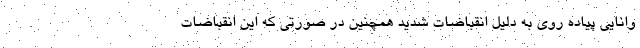
وانایی پیاده روی به دلیل انقباضات شدید همچنین در صورتی که این انقباضات